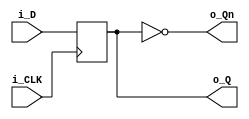
module ttl7474_v (
  input i_D,
  output reg o_Q,
  output wire o_Qn,
  input i_CLK
  );

  assign o_Qn = ~o_Q;
  always @ ( posedge i_CLK ) begin
    o_Q <= i_D;
  end

endmodule //ttl7474